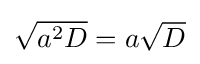
{\textstyle {\sqrt {a^{2}D}}=a{\sqrt {D}}}